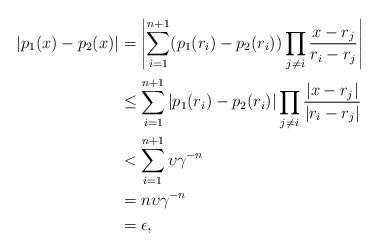
LaTeX: \begin{align*} |p_1(x)-p_2(x)|&= \left|\sum_{i=1}^{n+1}(p_1(r_i)-p_2(r_i))\prod_{j\neq i}\frac{x-r_j}{r_i-r_j}\right|\\&\leq \sum_{i=1}^{n+1}\left|p_1(r_i)-p_2(r_i)\right|\prod_{j\neq i}\frac{|x-r_j|}{|r_i-r_j|}\\&< \sum_{i=1}^{n+1} \upsilon\gamma^{-n}\\&=n\upsilon\gamma^{-n}\\&=\epsilon,\end{align*}